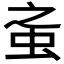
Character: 𧉌